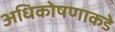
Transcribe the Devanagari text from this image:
अधिकोषणाकडे